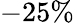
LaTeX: -25\%